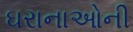
ઘરાનાઓની